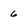
Character: 6